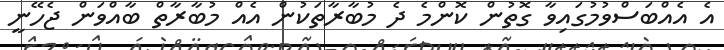
އެ އެއްބަސްވުމުގައިވާ ގޮތުން ކޮންމެ ދެ މުބާރާތަކުން އެއް މުބާރާތް ބާއްވަން ޖެހޭނީ